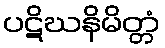
ပဋိဃနိမိတ္တံ